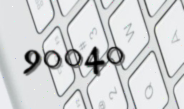
90040